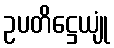
ဥပတိဋ္ဌေယျုံ